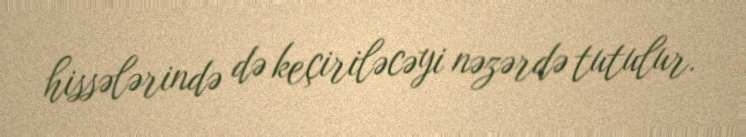
hissələrində də keçiriləcəyi nəzərdə tutulur.